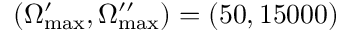
\left( \Omega _ { \mathrm { m a x } } ^ { \prime } , \Omega _ { \mathrm { m a x } } ^ { \prime \prime } \right) = \left( 5 0 , 1 5 0 0 0 \right)